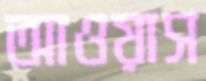
আওয়াস